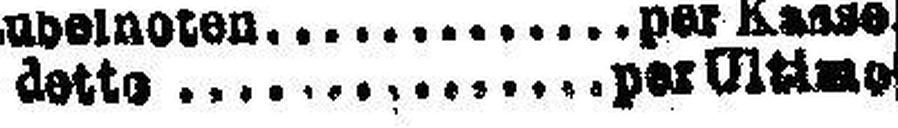
detto per Ultimo